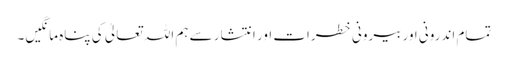
تمام اندرونی اور بیرونی خطرات اور انتشار سے ہم اللہ تعالیٰ کی پناہ مانگیں۔